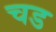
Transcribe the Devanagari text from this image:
चड